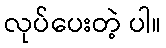
လုပ်ပေးတဲ့ ပါ။